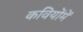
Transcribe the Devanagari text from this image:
कवियोंमें